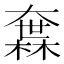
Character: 𡙻